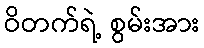
ဝိတက်ရဲ့ စွမ်းအား